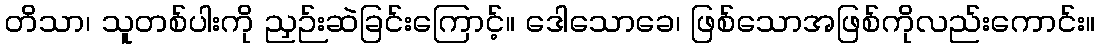
တိသာ၊ သူတစ်ပါးကို ညှဉ်းဆဲခြင်းကြောင့်။ ဒေါသောခေ၊ ဖြစ်သောအဖြစ်ကိုလည်းကောင်း။